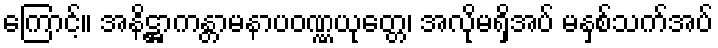
ကြောင့်။ အနိဋ္ဌာကန္တာမနာပဝဏ္ဏယုတ္တေ၊ အလိုမရှိအပ် မနှစ်သက်အပ်